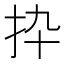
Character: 𢪄